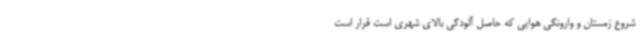
شروع زمستان و وارونگی هوایی که حاصل آلودگی بالای شهری است قرار است